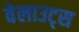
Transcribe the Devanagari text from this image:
वेलाउट्स